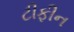
ટીફીન